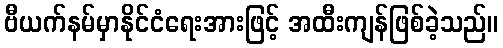
ဗီယက်နမ်မှာနိုင်ငံရေးအားဖြင့် အထီးကျန်ဖြစ်ခဲ့သည်။